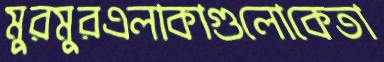
মুরমুরএলাকাগুলোকেতা